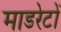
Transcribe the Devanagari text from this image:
माडरेटों